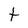
Character: t